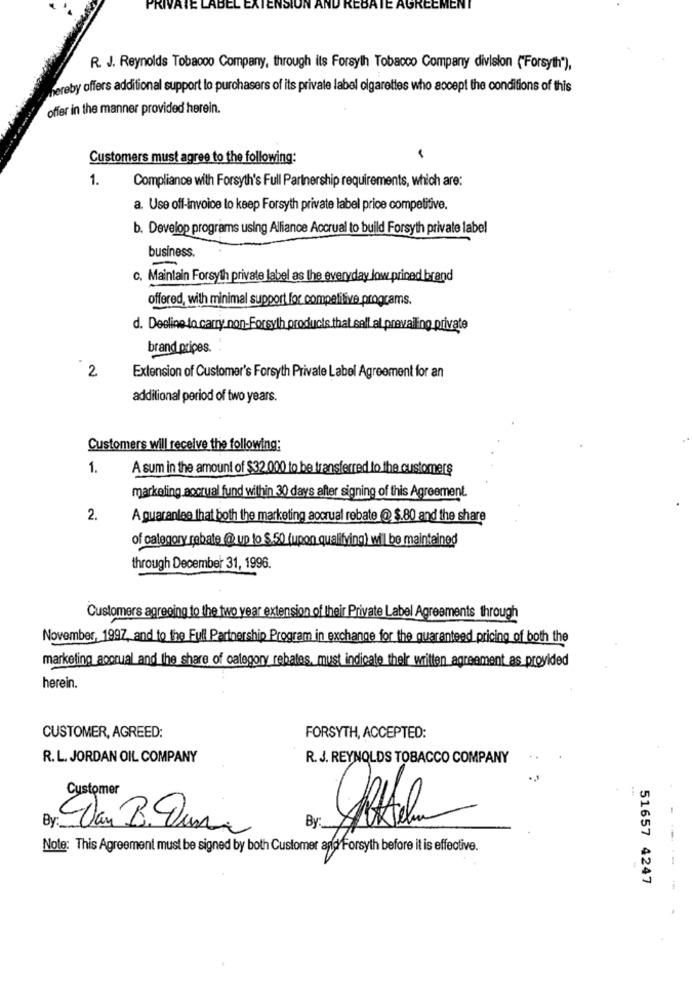
PRIVATE LABEL
IEN
R. J. Reynolds Tobacco Company, through its Forsyth Tobacco Company division ("Forsyth"),
thereby offers additional support to purchasers of its private label cigarettes who accept the conditions of this
offer in the manner provided herein.
Customers must agree to the following:
1.
Compliance with Forsyth's Full Partnership requirements, which are:
a. Use off-invoice to keep Forsyth private label price competitive.
b. Develop programs using Alliance Accrual to build Forsyth private label
business.
c. Maintain Forsyth private label as the everyday low priced brand
offered, with minimal support for competitive programs.
d. Decline to carry non-Forsyth products that sell al prevailing private
brand pripes.
2
Extension of Customer's Forsyth Private Label Agreement for an
additional period of two years.
Customers will receive the following:
1.
A sum in the amount of $32.000 to be transferred to the customers
markeling accrual fund within 30 days after signing of this Agreement.
2.
A guarantee that both the marketing accrual rebate @ $.80 and the share
of category rebate @ up to $.50 (upon qualifying) wil be maintained
through December 31, 1996.
Customers agreeing to the two year extension of their Private Label Agreements through
November, 1997, and to the Full Partnership Program in exchange for the guaranteed pricing of both the
marketing_accrual and the share of category rebates, must indicate their written agreement as provided
herein.
CUSTOMER, AGREED:
FORSYTH, ACCEPTED:
R.L. JORDAN OIL COMPANY
R. J. REYNOLDS TOBACCO COMPANY
Customer
Van B. Dura
By
Note: This Agreement must be signed by both Customer and Forsyth before it is effective.
51657 4247